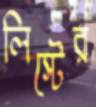
লিস্টের